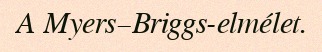
A Myers–Briggs-elmélet.